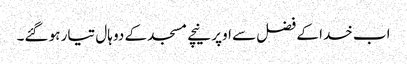
اب خدا کے فضل سے اوپر نیچے مسجد کے دو ہال تیار ہو گئے۔